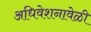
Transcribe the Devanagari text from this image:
अधिवेशनावेळी